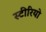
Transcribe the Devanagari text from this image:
स्‍टीरियो